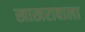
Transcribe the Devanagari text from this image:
खाखरावाला